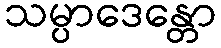
သမ္ပာဒေန္တော